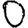
Digit: 0